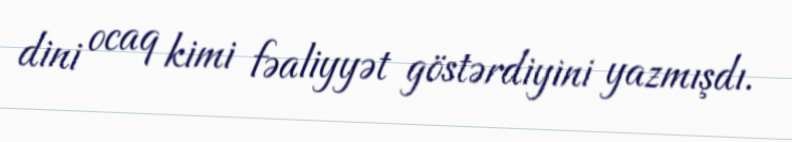
dini ocaq kimi fəaliyyət göstərdiyini yazmışdı.